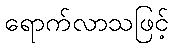
ရောက်လာသဖြင့်